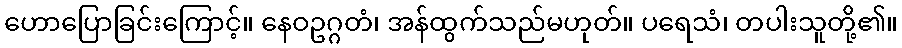
ဟောပြောခြင်းကြောင့်။ နေဝဥဂ္ဂတံ၊ အန်ထွက်သည်မဟုတ်။ ပရေသံ၊ တပါးသူတို့၏။